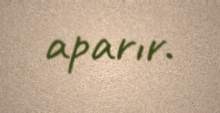
aparır.